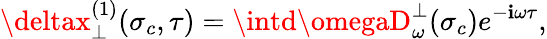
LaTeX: \deltax_{\perp}^{(1)}(\sigma_{c},\tau)=\intd\omegaD_{\omega}^{\perp}(\sigma_{c})e^{-\mathbf{i}\omega\tau},